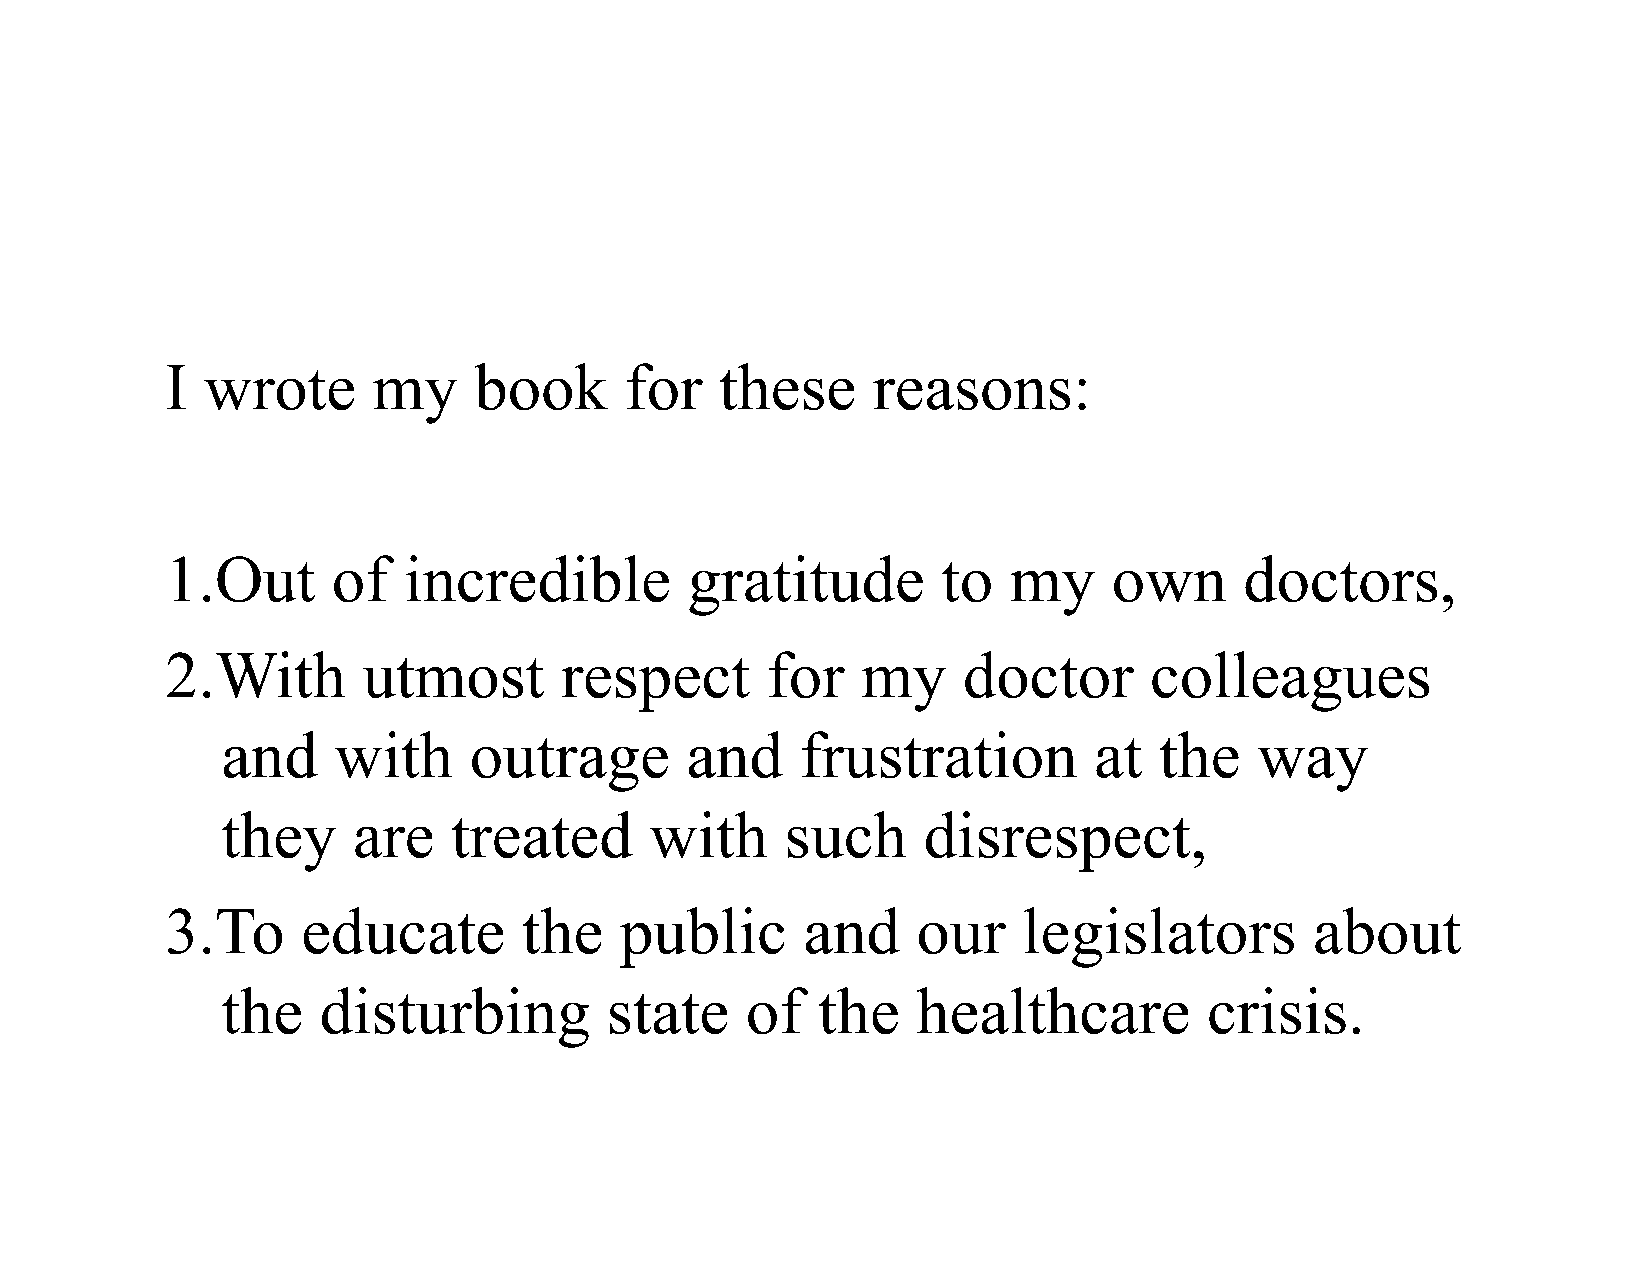
I wrote       my    book      for    these     reasons:
 1.Out      of   incredible        gratitude        to   my     own     doctors,
 2.With       utmost       respect       for   my     doctor      colleagues
 and    with     outrage       and     frustration        at   the   way
 they    are    treated      with     such     disrespect,
 3.To     educate        the   public      and     our    legislators        about
 the   disturbing         state    of   the    healthcare         crisis.